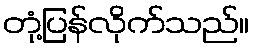
တုံ့ပြန်လိုက်သည်။